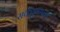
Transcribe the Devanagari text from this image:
सर्वशुभापन्तु